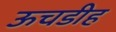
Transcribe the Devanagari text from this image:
ऊचडीह